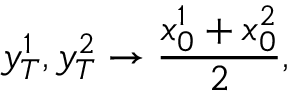
y _ { T } ^ { 1 } , y _ { T } ^ { 2 } \to \frac { x _ { 0 } ^ { 1 } + x _ { 0 } ^ { 2 } } { 2 } ,